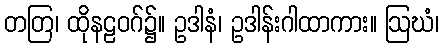
တတြ၊ ထိုနဠဝဂ်၌။ ဥဒါနံ၊ ဥဒါန်းဂါထာကား။ ဩဃံ၊